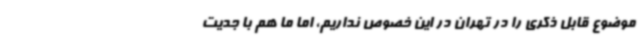
موضوع قابل ذکری را در تهران در این خصوص نداریم، اما ما هم با جدیت